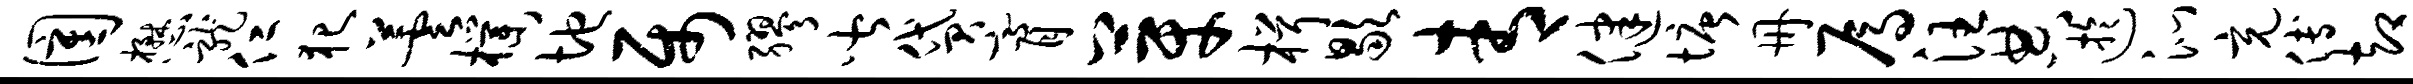
圉懋龙仁犯芸朴地属缪皆贷膏芽楫歇青健塘册焉汪典迂沁充傅却